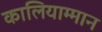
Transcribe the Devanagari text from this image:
कालियाम्मान